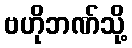
ဗဟိုဘဏ်သို့